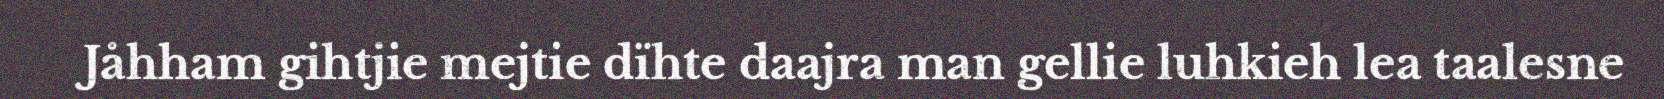
Jåhham gihtjie mejtie dïhte daajra man gellie luhkieh lea taalesne